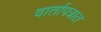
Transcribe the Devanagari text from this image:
वार्तापत्रात